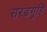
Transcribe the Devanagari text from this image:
सरडगुहि